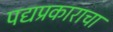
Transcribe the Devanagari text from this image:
पद्यप्रकाराचा